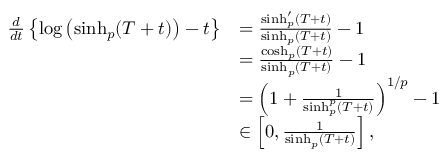
\begin{array} { r l } { \frac { d } { d t } \left\{ \log \left( \sinh _ { p } ( T + t ) \right) - t \right\} } & { = \frac { \sinh _ { p } ^ { \prime } ( T + t ) } { \sinh _ { p } ( T + t ) } - 1 } \\ & { = \frac { \cosh _ { p } ( T + t ) } { \sinh _ { p } ( T + t ) } - 1 } \\ & { = \left( 1 + \frac { 1 } { \sinh _ { p } ^ { p } ( T + t ) } \right) ^ { 1 / p } - 1 } \\ & { \in \left[ 0 , \frac { 1 } { \sinh _ { p } ( T + t ) } \right] , } \end{array}